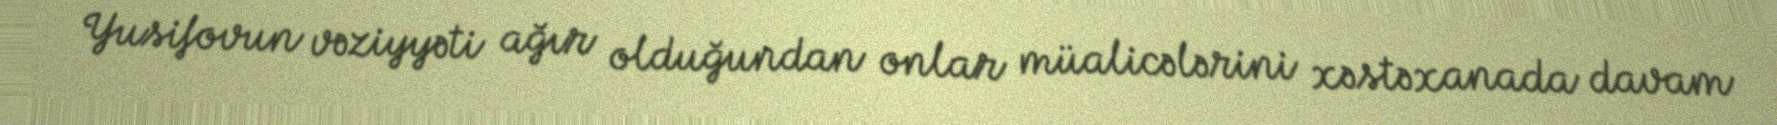
Yusifovun vəziyyəti ağır olduğundan onlar müalicələrini xəstəxanada davam